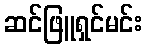
ဆင်ဖြူရှင်မင်း